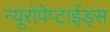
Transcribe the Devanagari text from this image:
न्यूरोपेप्टाईड्स